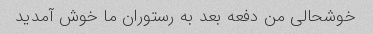
خوشحالی من دفعه بعد به رستوران ما خوش آمدید